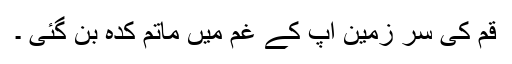
قم کی سر زمین آپ کے غم میں ماتم کدہ بن گئی ۔